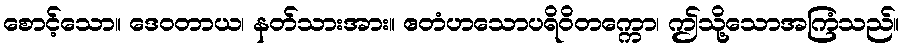
စောင့်သော။ ဒေဝတာယ၊ နတ်သားအား။ ဧတံဟသောပရိဝိတက္ကော၊ ဤသို့သောအကြံသည်။